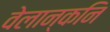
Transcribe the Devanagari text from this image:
वेलान्कनि